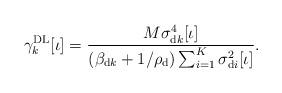
LaTeX: \begin{align*}\gamma_k^\mathrm{DL}[\iota] = \frac{M\sigma_{\mathrm{d}k}^4[\iota]}{(\beta_{\mathrm{d}k}+1/\rho_\mathrm{d})\sum_{i=1}^{K}\sigma_{\mathrm{d}i}^2[\iota]}.\end{align*}